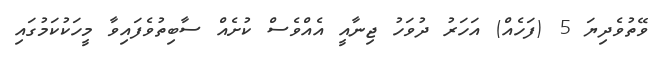
ވޭތުވެދިޔަ 5 (ފަހެއް) އަހަރު ދުވަހު ޖިނާއީ އެއްވެސް ކުށެއް ސާބިތުވެފައިވާ މީހަކުކަމުގައި